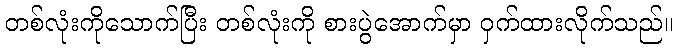
တစ်လုံးကိုသောက်ပြီး တစ်လုံးကို စားပွဲအောက်မှာ ဝှက်ထားလိုက်သည်။